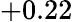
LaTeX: +0.22